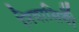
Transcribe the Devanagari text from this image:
निवासियोँ